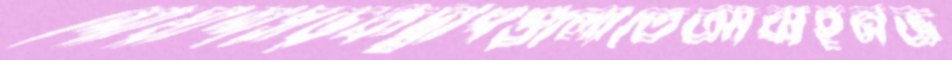
শোয়াশসড়কদ্বীপগুলোতেআবাহনভ